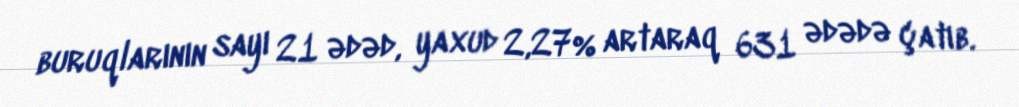
buruqlarının sayı 21 ədəd, yaxud 2,27% artaraq 631 ədədə çatıb.